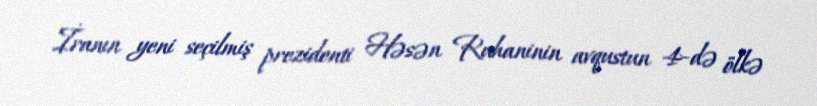
İranın yeni seçilmiş prezidenti Həsən Ruhaninin avqustun 4-də ölkə